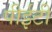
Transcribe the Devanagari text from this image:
पीईटी